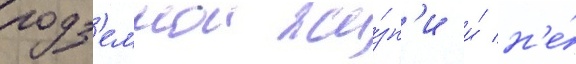
подз'емнои жи́зн'и и́ н'е́